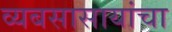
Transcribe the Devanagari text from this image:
व्यबसासायांचा